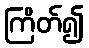
ကြိတ်၍